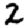
Digit: 2